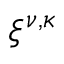
\xi ^ { \nu , \kappa }